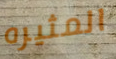
المثيره